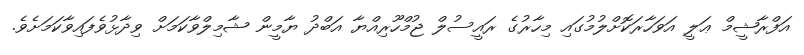
އަފްރާޝީމް ޢަލީ އަވަހާރަކޮށްލުމުގައި މިހާރުގެ ރައީސުލް ޖުމްހޫރިއްޔާ އަބްދު ޔާމީން ޝާމިލްވާކަމަށް ވިދާޅުވެފައިވާކަމަށެވެ.